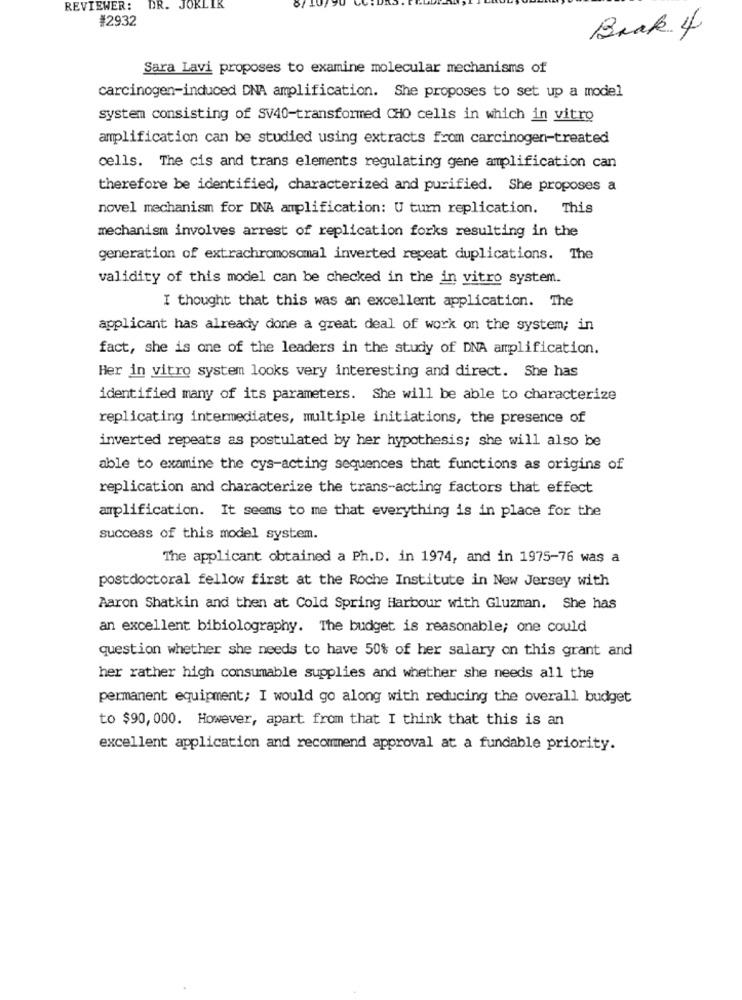
REVIEWER:
DR. JOKLIK
#2932
Brak 4
Sara Lavi proposes to examine molecular mechanisms of
carcinogen-induced DNA amplification. She proposes to set up a model
system consisting of SV40-transformed CHO cells in which in vitro
amplification can be studied using extracts from carcinogen-treated
cells. The cis and trans elements regulating gene amplification can
therefore be identified, characterized and purified. She proposes a
novel mechanism for DNA amplification: U turn replication. This
mechanism involves arrest of replication forks resulting in the
generation of extrachromosomal inverted repeat duplications. The
validity of this model can be checked in the in vitro system.
I thought that this was an excellent application. The
applicant has already done a great deal of work on the system; in
fact, she is one of the leaders in the study of DNA amplification.
Her in vitro system looks very interesting and direct. She has
identified many of its parameters. She will be able to characterize
replicating intermediates, multiple initiations, the presence of
inverted repeats as postulated by her hypothesis; she will also be
able to examine the cys-acting sequences that functions as origins of
replication and characterize the trans-acting factors that effect
amplification. It seems to me that everything is in place for the
success of this model system.
The applicant obtained a Ph.D. in 1974, and in 1975-76 was a
postdoctoral fellow first at the Roche Institute in New Jersey with
Aaron Shatkin and then at Cold Spring Harbour with Gluzman. She has
an excellent bibiolography. The budget is reasonable; one could
question whether she needs to have 50% of her salary on this grant and
her rather high consumable supplies and whether she needs all the
permanent equipment; I would go along with reducing the overall budget
to $90, 000. However, apart from that I think that this is an
excellent application and recommend approval at a fundable priority.